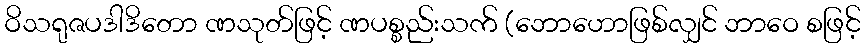
ဝိသရုဇပဒါဒိတော ဏသုတ်ဖြင့် ဏပစ္စည်းသက် (ဘောဟောဖြစ်လျှင် ဘာဝေ စဖြင့်